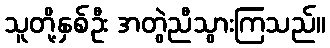
သူတို့နှစ်ဦး အတွဲညီသွားကြသည်။